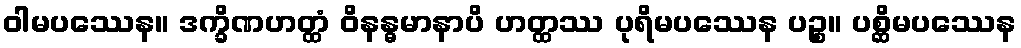
ဝါမပဿေန။ ဒက္ခိဏဟတ္ထံ ဝိနန္ဓမာနာပိ ဟတ္ထဿ ပုရိမပဿေန ပဉ္စ။ ပစ္ဆိမပဿေန